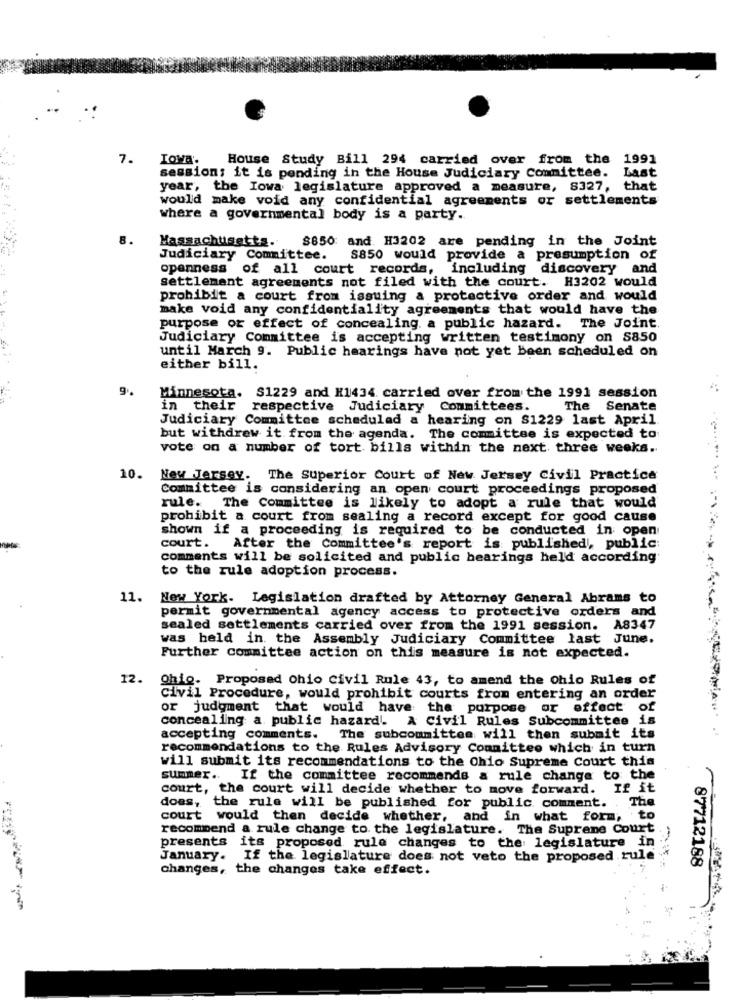
7.
Iowa.
House Study Bill 294 carried over from the 1991
session; it is pending in the House Judiciary Committee.
Last
year, the Iowa legislature approved a measure, 8327, that
would make void any confidential agreements or settlements
where a governmental body is a party.
Massachusetts. 8850 and H3202 are pending in the Joint
Judiciary Committee. S850 would provide a presumption of
openness of all court records, including discovery and
settlement agreements not filed with the court. H3202 would
prohibit a court from issuing a protective order and would
make void any confidentiality agreements that would have the
purpose or effect of concealing. a public hazard. The Joint.
Judiciary Committee is accepting written testimony on S850
until March 9. Public hearings have not yet been scheduled on
either bill.
Minnesota. S1229 and H1434. carried over from the 1991 session
in their respective Judiciary Committees.
The Senate
Judiciary Committee scheduled a hearing on $1229 last April.
but withdrew it from the agenda. The committee is expected to:
vote on a number of tort bills within the next three weeks.
10. New Jersey. The Superior Court of New Jersey Civil Practice
Committee is considering an open court proceedings proposed
rule. The Committee is likely to adopt a rule that would
prohibit a court from sealing a record except for good cause
shown if a proceeding is required to be conducted in open
court. After the Committee's report is published, public:
comments will be solicited and public hearings held according
to the rule adoption process.
11. New York. Legislation drafted by Attorney General Abrams to
permit governmental agency access to protective orders and
sealed settlements carried over from the 1991 session. A8347
was held in the Assembly Judiciary Committee last June.
Further committee action on this measure is not expected.
12.
Ohio. Proposed Ohio Civil Rule 43, to amend the ohio Rules of
Civil Procedure, would prohibit courts from entering an order
or judgment that would have the purpose or effect of
concealing a public hazard A Civil Rules Subcommittee is
accepting comments. The subcommittee will then submit its
recommendations to the Rules Advisory Committee which in turn
will submit its recommendations to the Ohio Supreme Court this
summer. If the committee recommends a rule change to the
court, the court will decide whether to move forward. If it
does, the rule will be published for public comment. . The
court would then decide whether, and in what form, to
recommend a rule change to the legislature. The Supreme Court
presents its proposed rule changes to the legislature in
January. If the legislature does not veto the proposed rule
87712188
changes, the changes take effect.